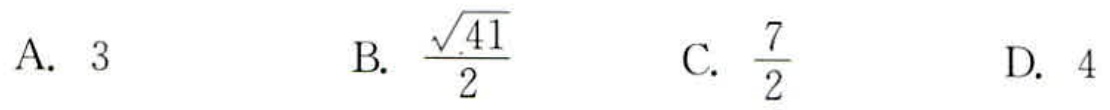
A. \(3\)

B. \(\frac{\sqrt{41}}{2}\)

C. \(\frac{7}{2}\)

D. \(4\)